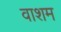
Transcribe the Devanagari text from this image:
वाशम